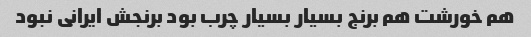
هم خورشت هم برنج بسیار بسیار چرب بود برنجش ایرانی نبود